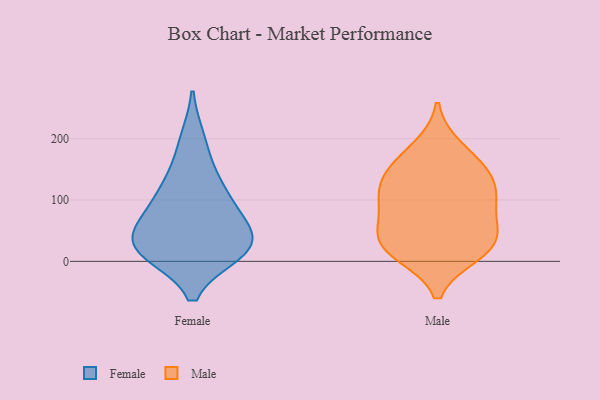
{"axis": {"x": "Page Views", "y": "Value"}, "legend": ["Female", "Male"], "data": [{"x": "", "y": 30, "type": "Female"}, {"x": "", "y": 109, "type": "Female"}, {"x": "", "y": 198, "type": "Female"}, {"x": "", "y": 54, "type": "Female"}, {"x": "", "y": 69, "type": "Female"}, {"x": "", "y": 24, "type": "Female"}, {"x": "", "y": 18, "type": "Female"}, {"x": "", "y": 15, "type": "Female"}, {"x": "", "y": 20, "type": "Female"}, {"x": "", "y": 142, "type": "Female"}, {"x": "", "y": 96, "type": "Female"}, {"x": "", "y": 185, "type": "Male"}, {"x": "", "y": 61, "type": "Male"}, {"x": "", "y": 106, "type": "Male"}, {"x": "", "y": 102, "type": "Male"}, {"x": "", "y": 54, "type": "Male"}, {"x": "", "y": 13, "type": "Male"}, {"x": "", "y": 32, "type": "Male"}, {"x": "", "y": 151, "type": "Male"}, {"x": "", "y": 105, "type": "Male"}, {"x": "", "y": 25, "type": "Male"}, {"x": "", "y": 131, "type": "Male"}, {"x": "", "y": 155, "type": "Male"}, {"x": "", "y": 18, "type": "Male"}]}